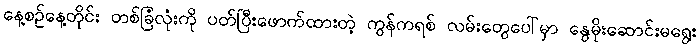
နေ့စဉ်နေ့တိုင်း တစ်ခြံလုံးကို ပတ်ပြီးဖောက်ထားတဲ့ ကွန်ကရစ် လမ်းတွေပေါ်မှာ နွေမိုးဆောင်းမရွေး